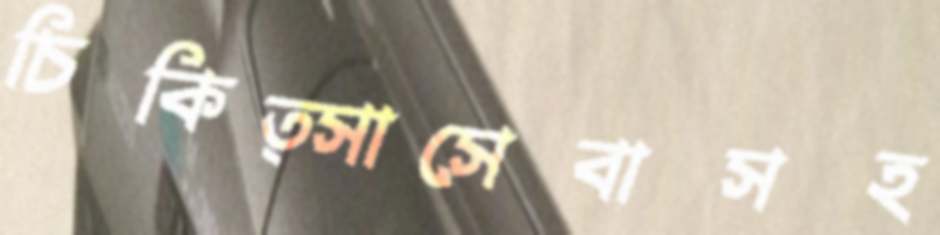
চিকিত্সাসেবাসহ